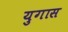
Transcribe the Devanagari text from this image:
युगास